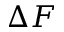
\Delta F